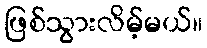
ဖြစ်သွားလိမ့်မယ်။